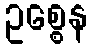
ဥစ္စေန